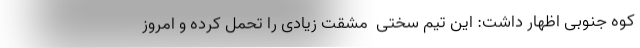
کوه جنوبی اظهار داشت: این تیم سختی ‌ مشقت زیادی را تحمل کرده و امروز